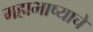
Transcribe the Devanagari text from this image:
महाभाष्याचे